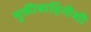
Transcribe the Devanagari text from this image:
मुक्तीबाहिनीशी